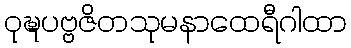
ဝုဍ္ဎပဗ္ဗဇိတသုမနာထေရီဂါထာ